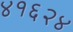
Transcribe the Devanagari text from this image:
४१६२४